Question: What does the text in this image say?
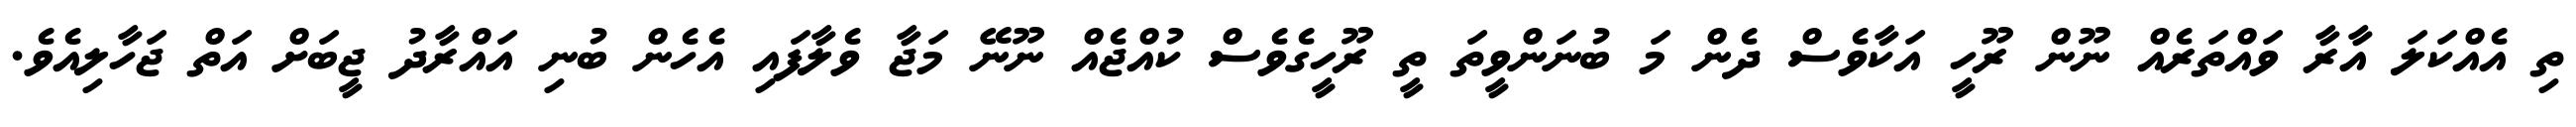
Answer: ތި އެއްކަލަ އާރާ ވައްތަރެއް ނޫން ރޫހީ އަކާވެސް ދެން މަ ބުނަންވީތަ ތީ ރޫހީގެވެސް ކުއްޖެއް ނޫނޭ މަޖާ ވެލާފައި އެހެން ބުނި އައްރާދު ޖީބަށް އަތް ޖަހާލިއެވެ.